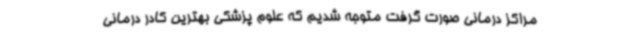
مراکز درمانی صورت گرفت متوجه شدیم که علوم پزشکی بهترین کادر درمانی